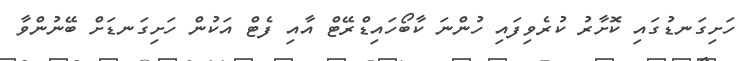
ހަށިގަނޑުގައި ކޮށާރު ކުރެވިފައި ހުންނަ ކާބޯހައިޑްރޭޓް އާއި ފެޓް އަކުން ހަށިގަނޑަށް ބޭނުންވާ